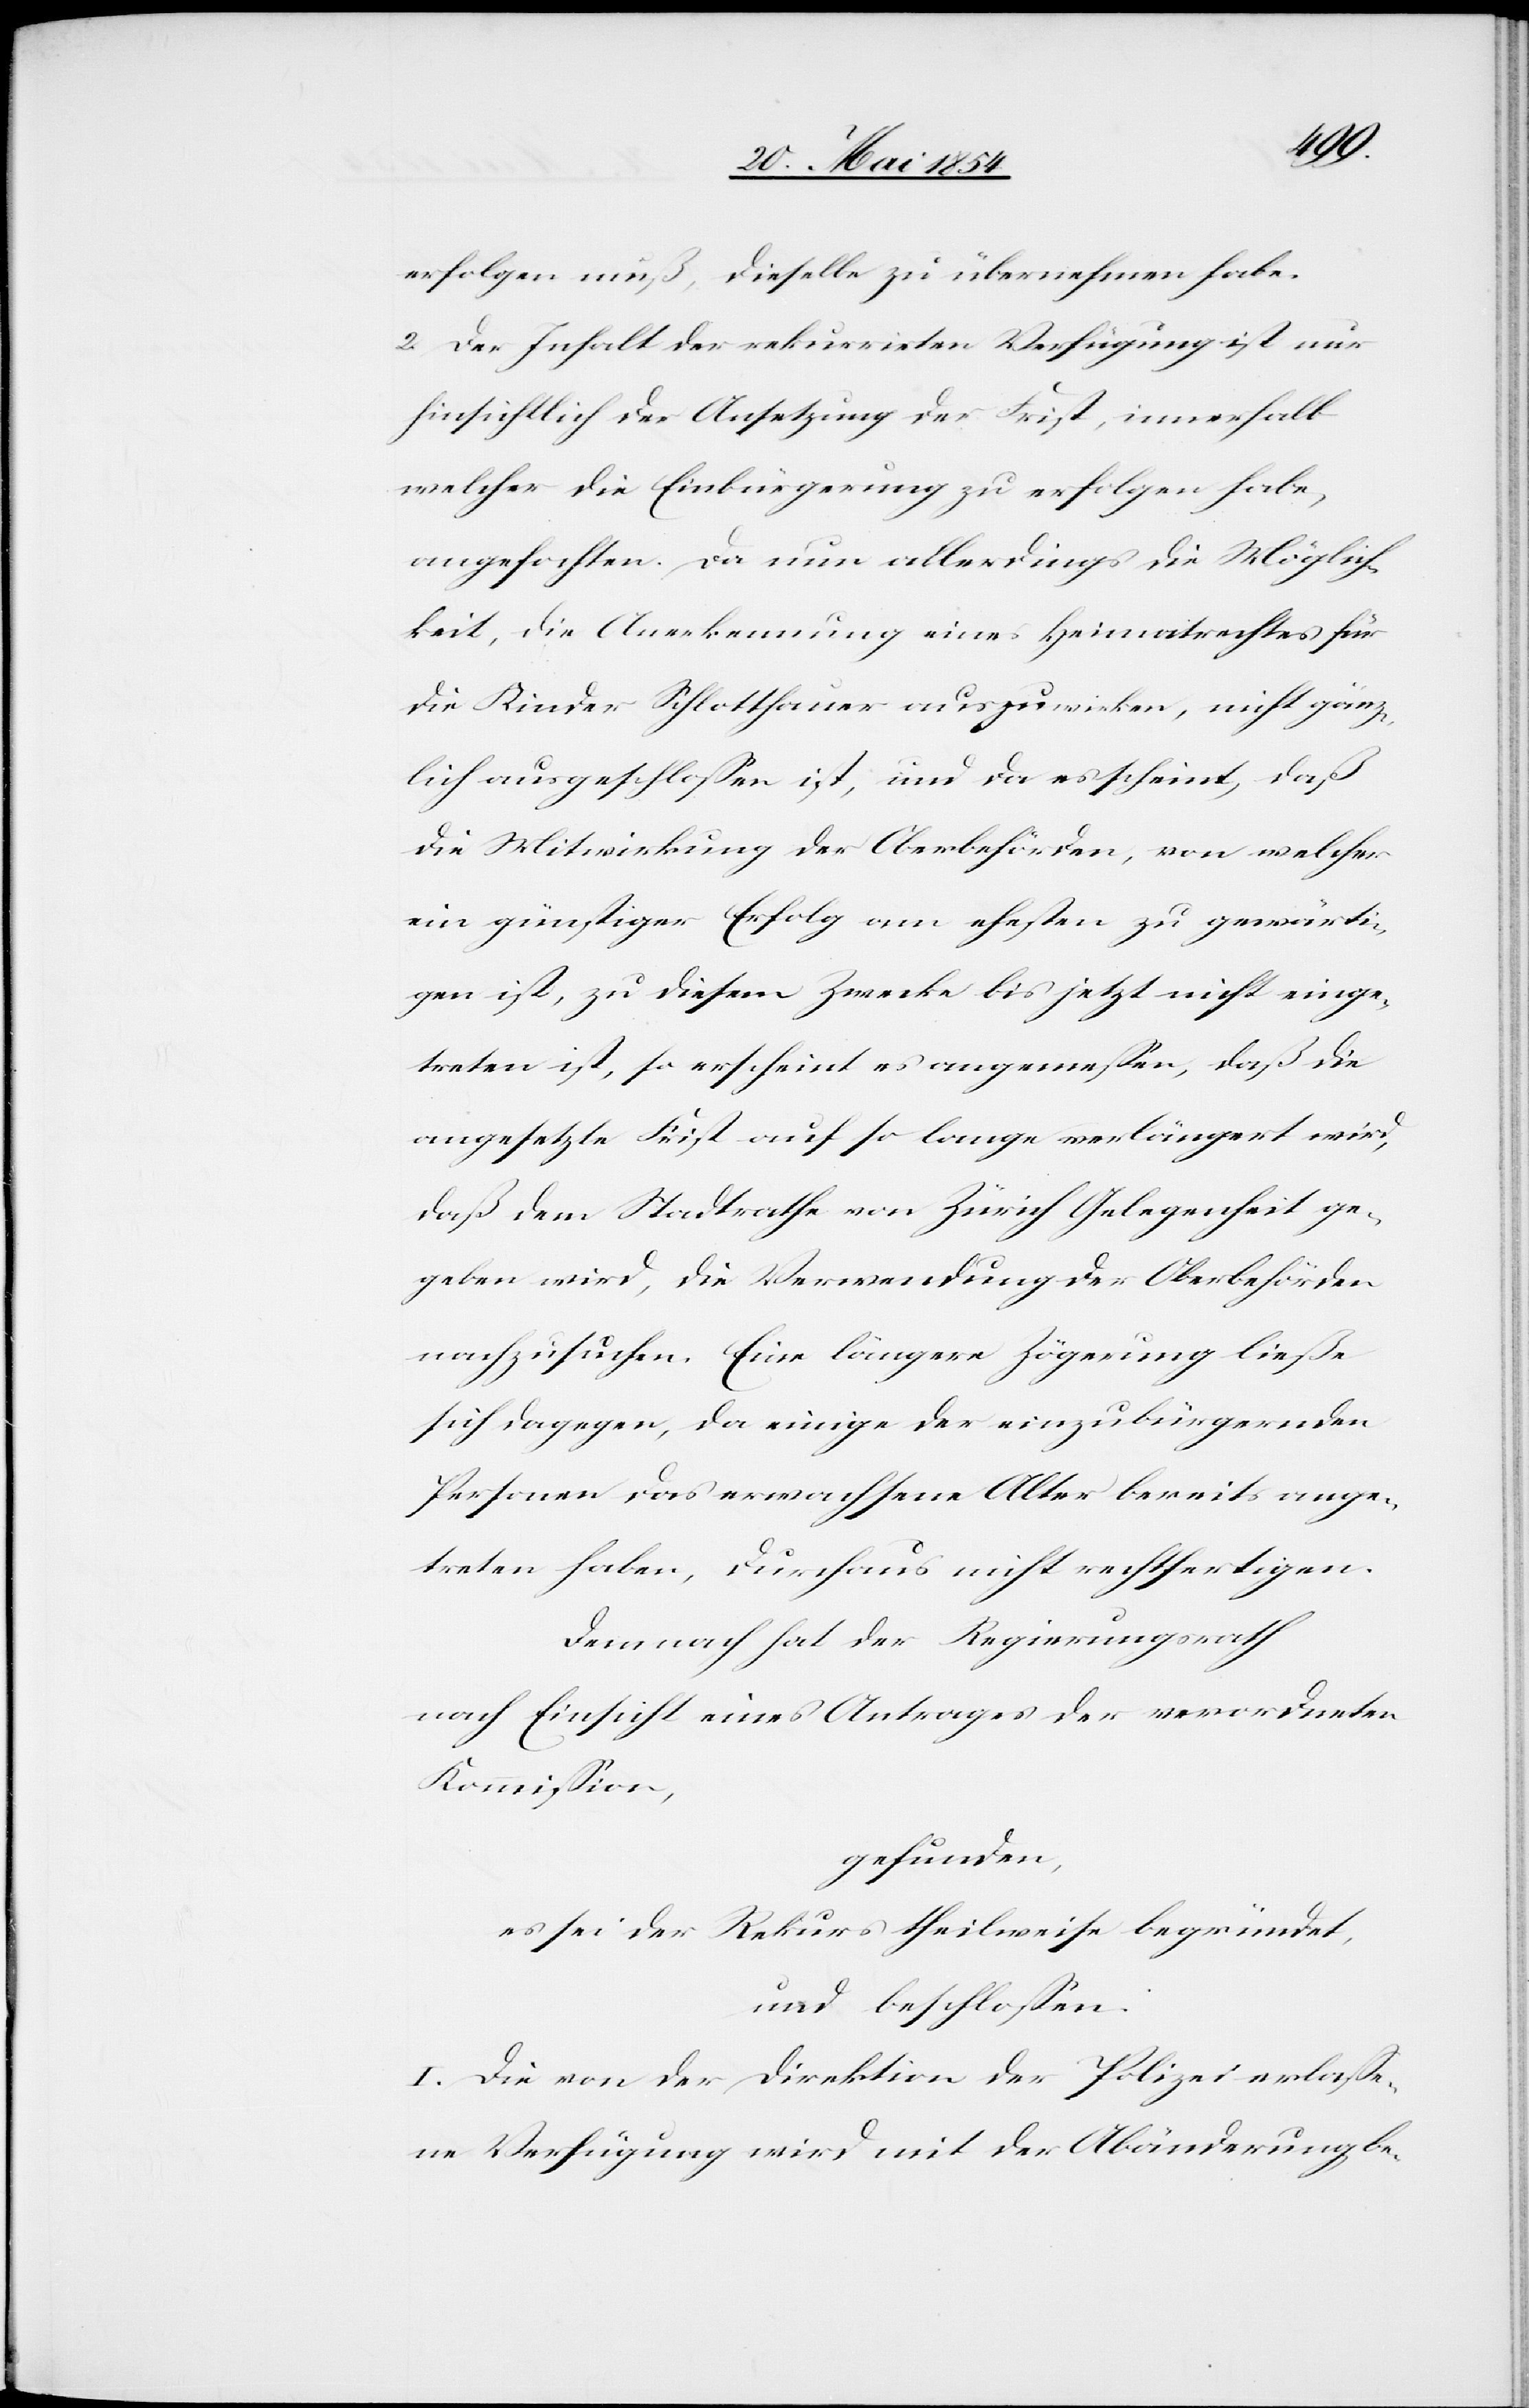
erfolgen muß, dieselbe zu übernehmen habe.
2. Der Inhalt der rekurrirten Verfügung ist nur
hinsichtlich der Ansetzung der Frist, innerhalb
welcher die Einbürgerung zu erfolgen habe,
angefochten. Da nun allerdings die Möglich¬
keit, die Anerkennung eines Heimatrechtes für
die Kinder Schlotthauer auszuwirken, nicht gänz¬
lich ausgeschloßen ist, und da es scheint, daß
die Mitwirkung der Oberbehörden, von welcher
ein günstiger Erfolg am ehesten zu gewärti¬
gen ist, zu diesem Zwecke bis jetzt nicht einge¬
treten ist, so erscheint es angemeßen, daß die
angesetzte Frist auf so lange verlängert wird,
daß dem Stadtrathe von Zürich Gelegenheit ge¬
geben wird, die Verwendung der Oberbehörden
nachzusuchen. Eine längere Zögerung ließe
sich dagegen, da einige der einzubürgernden
Personen das erwachsene Alter bereits ange¬
treten haben, durchaus nicht rechtefertigen.
Demnach hat der Regierungsrath
nach Einsicht eines Antrages der verordneten
Kommißion,
gefunden,
es sei der Rekurs theilweise begründet,
und beschloßen:
I. Die von der Direktion der Polizei erlaße¬
ne Verfügung wird mit der Abänderung be-